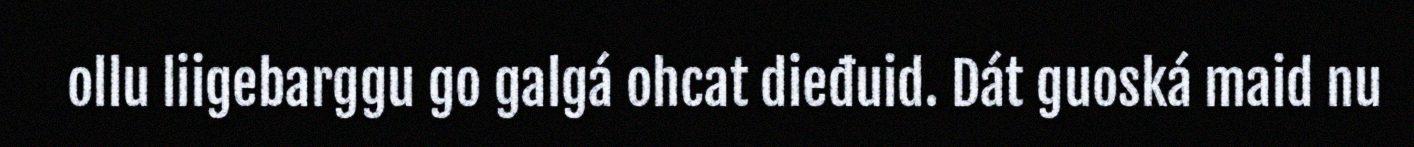
ollu liigebarggu go galgá ohcat dieđuid. Dát guoská maid nu